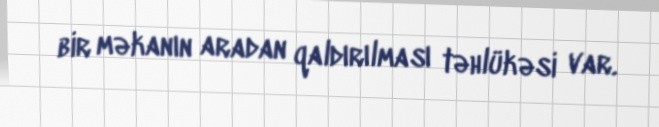
bir məkanın aradan qaldırılması təhlükəsi var.